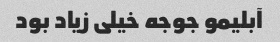
آبلیمو جوجه خیلی زیاد بود